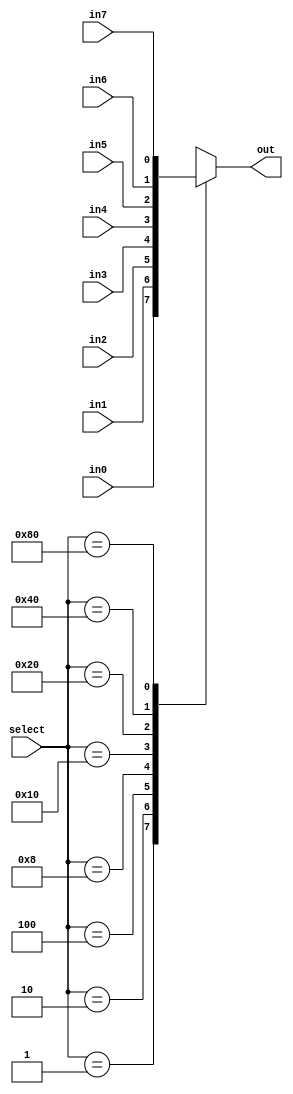
// adapted from textbook, page 157
module Mux8(in7, in6, in5, in4, in3, in2, in1, in0, select, out);
  parameter n = 1; // width

	input [n-1:0] in7, in6, in5, in4, in3, in2, in1, in0;
	input [7:0] select;
	output reg [n-1:0] out;

	// combinational always block for selecting input based on select
	always @(*) begin
		case (select)
			8'b00000001: out = in0;
			8'b00000010: out = in1;
			8'b00000100: out = in2;
			8'b00001000: out = in3;
			8'b00010000: out = in4;
			8'b00100000: out = in5;
			8'b01000000: out = in6;
			8'b10000000: out = in7;
			default: out = {n{1'bx}};
		endcase
	end
endmodule